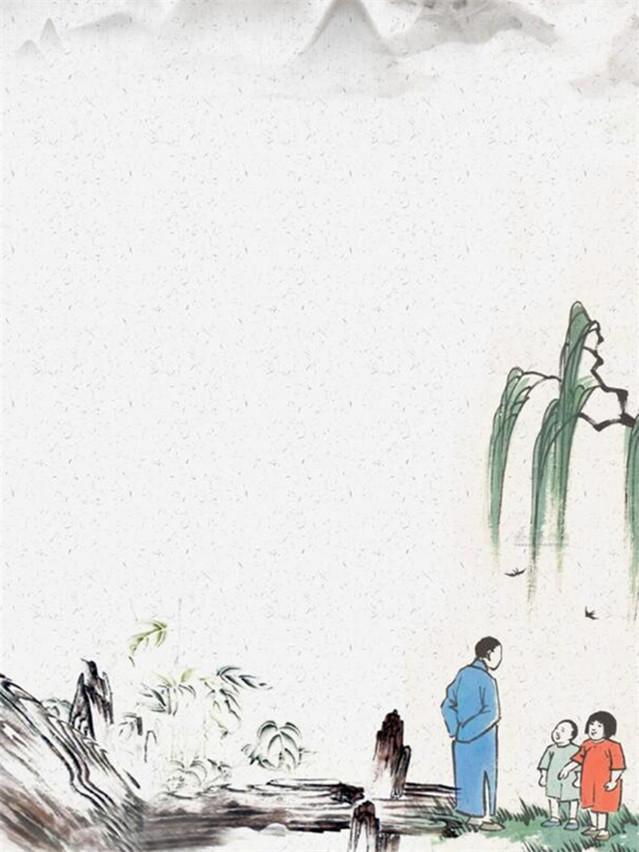
士虽有学，而行为本焉。